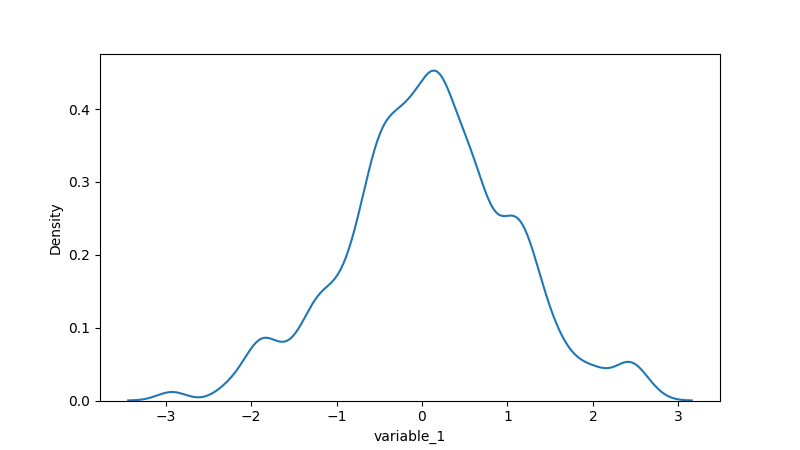
python, seaborn, kdeplot, hue='None', fill=False, bw_adjust=0.5